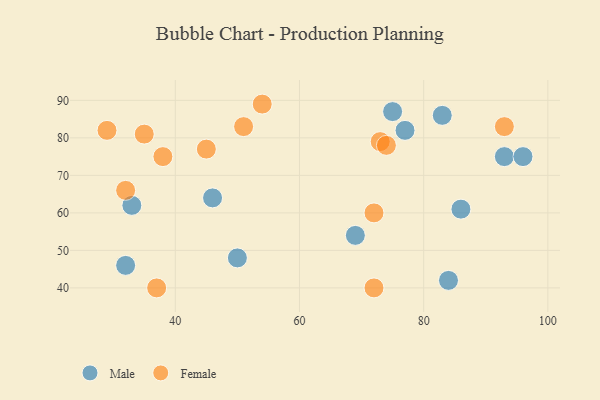
{"axis": {"x": "GDP", "y": "Life Expectancy"}, "legend": ["Female", "Male"], "data": [{"x": "33", "y": 62, "type": "Male"}, {"x": "83", "y": 86, "type": "Male"}, {"x": "86", "y": 61, "type": "Male"}, {"x": "50", "y": 48, "type": "Male"}, {"x": "69", "y": 54, "type": "Male"}, {"x": "77", "y": 82, "type": "Male"}, {"x": "75", "y": 87, "type": "Male"}, {"x": "93", "y": 75, "type": "Male"}, {"x": "32", "y": 46, "type": "Male"}, {"x": "84", "y": 42, "type": "Male"}, {"x": "46", "y": 64, "type": "Male"}, {"x": "96", "y": 75, "type": "Male"}, {"x": "73", "y": 79, "type": "Female"}, {"x": "54", "y": 89, "type": "Female"}, {"x": "93", "y": 83, "type": "Female"}, {"x": "38", "y": 75, "type": "Female"}, {"x": "51", "y": 83, "type": "Female"}, {"x": "29", "y": 82, "type": "Female"}, {"x": "72", "y": 60, "type": "Female"}, {"x": "74", "y": 78, "type": "Female"}, {"x": "72", "y": 40, "type": "Female"}, {"x": "37", "y": 40, "type": "Female"}, {"x": "35", "y": 81, "type": "Female"}, {"x": "45", "y": 77, "type": "Female"}, {"x": "32", "y": 66, "type": "Female"}]}